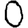
Digit: 0